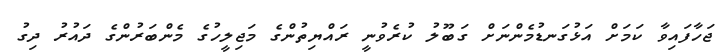
ޖަހާފައިވާ ކަމަށް އަޅުގަނޑުމެންނަށް ގަބޫލު ކުރެވުނީ ރައްޔިތުންގެ މަޖިލީހުގެ މެންބަރުންގެ ދައުރު ދިގު